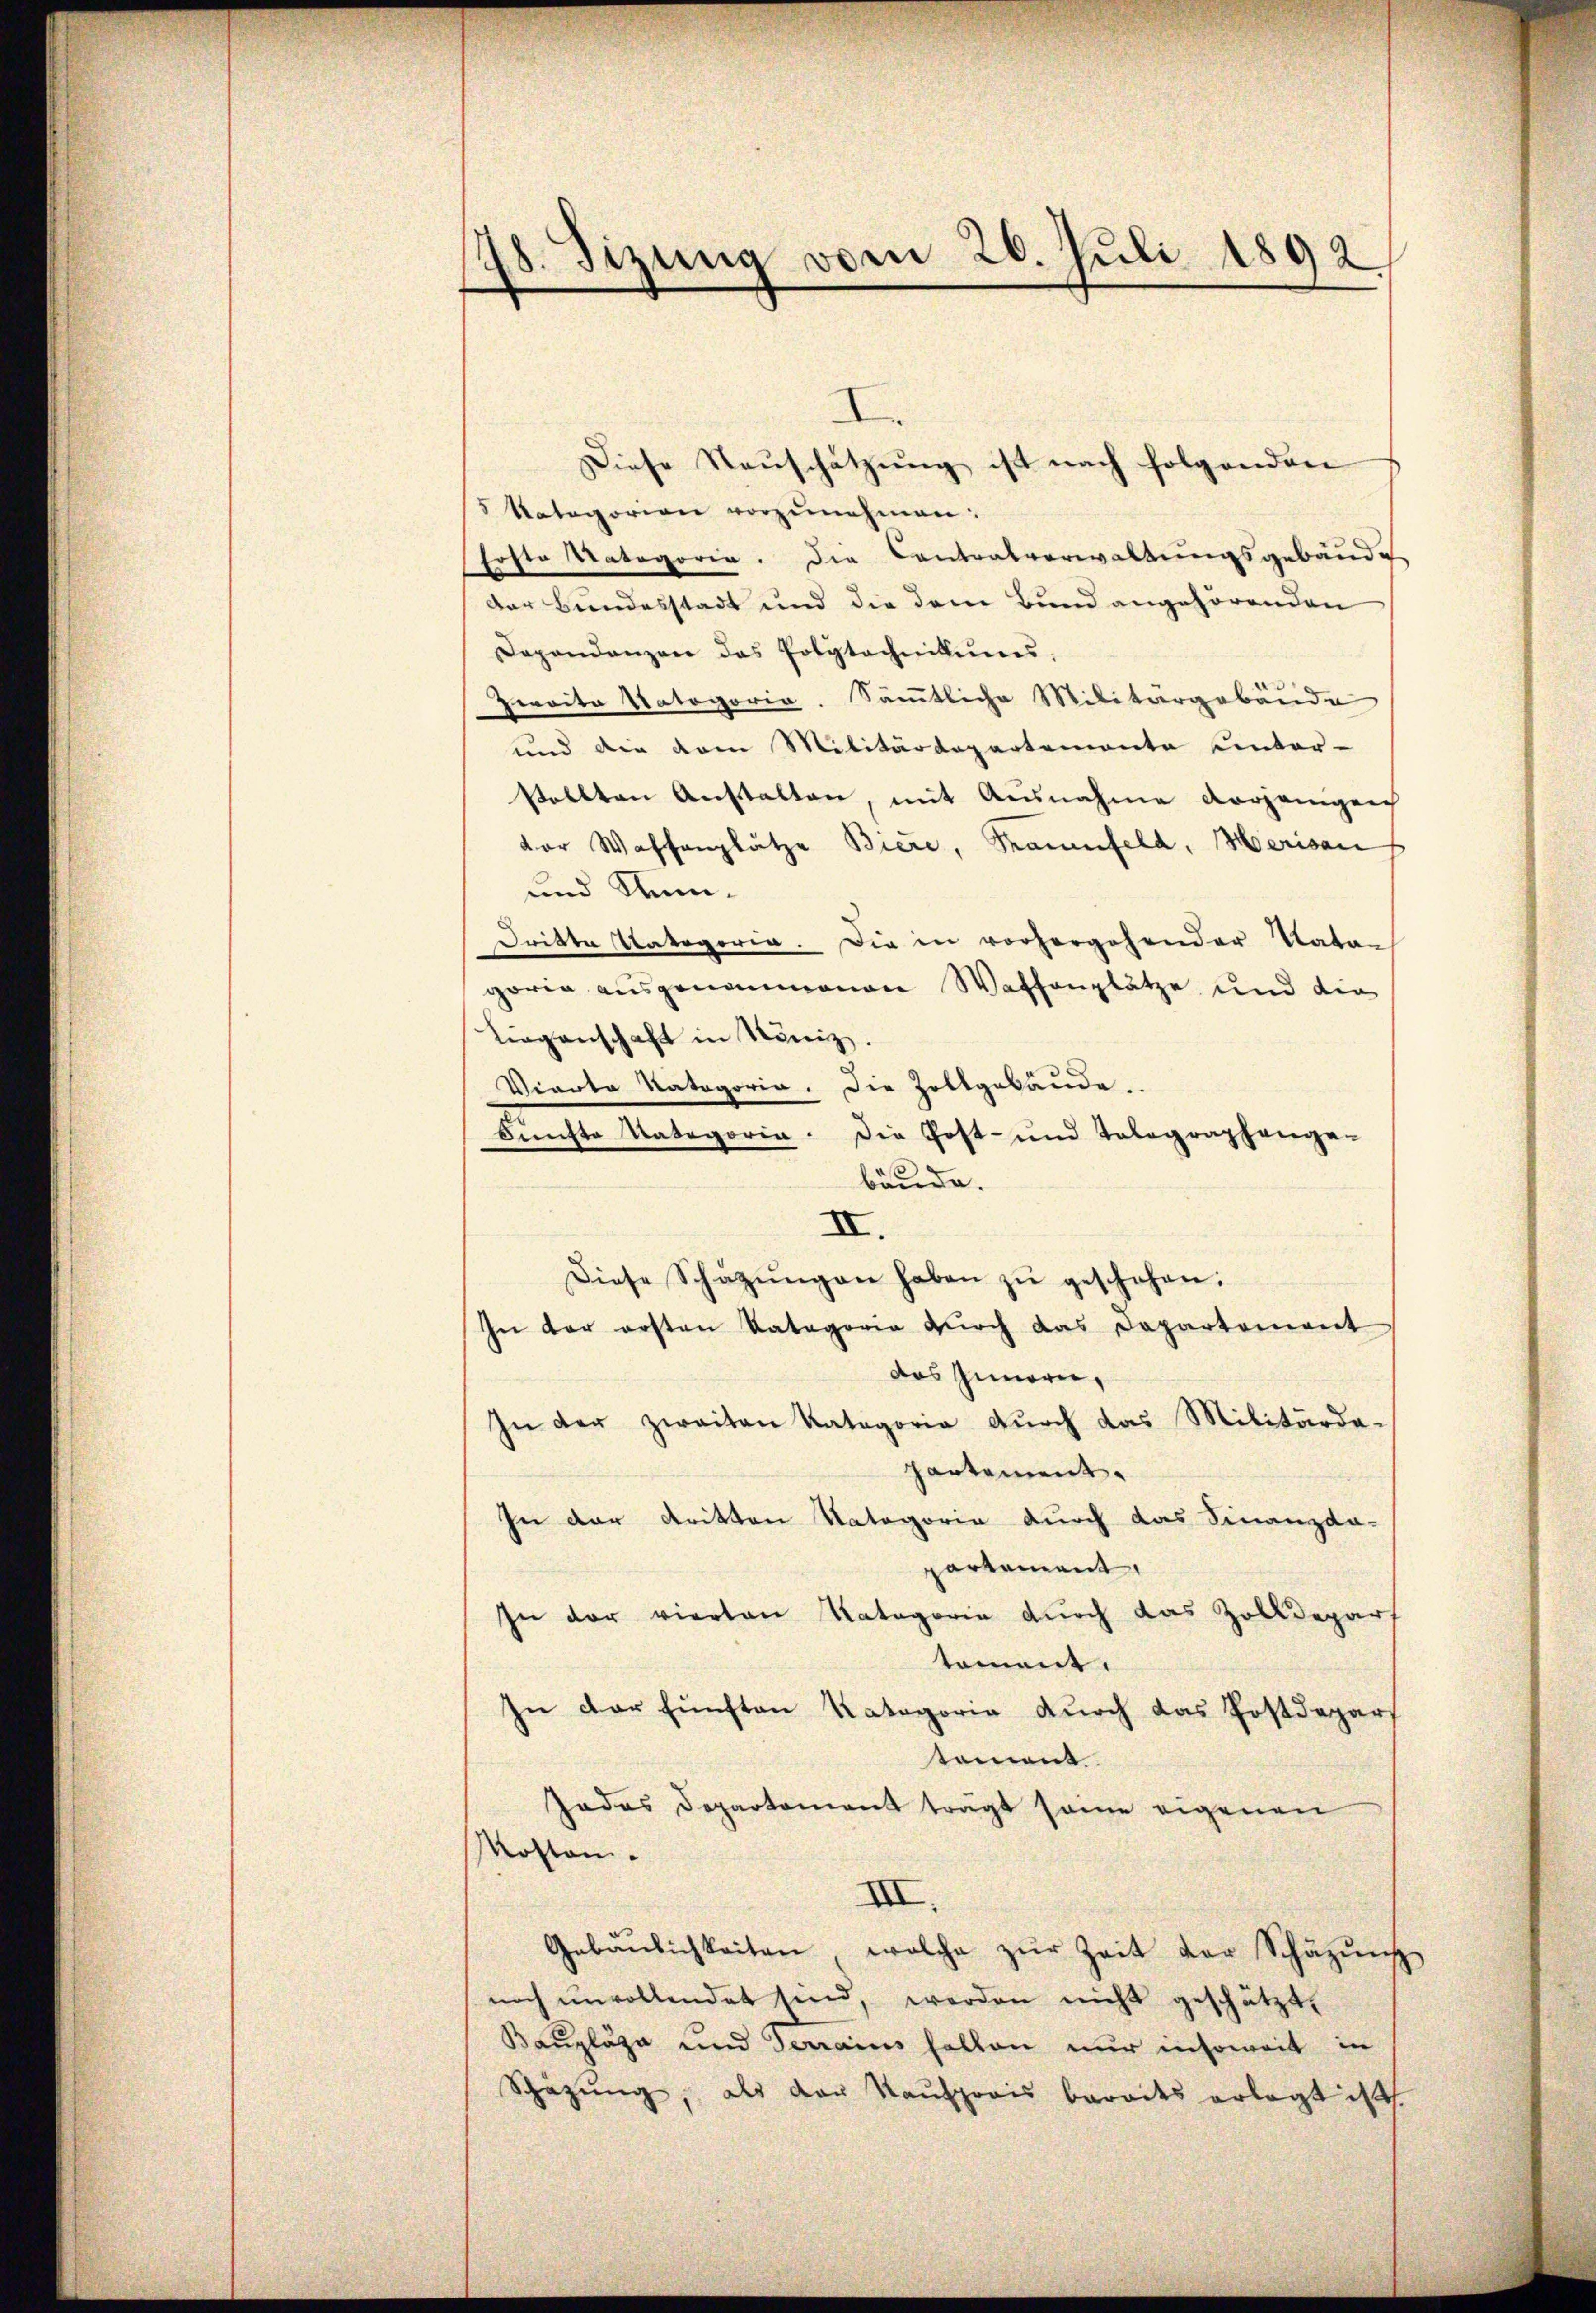
78. Sizung vom 26. Juli 1892

I
Diese Rauschätzung ist nach folgenden
5 Kategorien vorzŭnehmen:
Erste Kategorie. Die Cantonsverwaltungsgebäude
Der Bundesstadt und die dem Bund angehörenden
Dependanzen das Polytechnikums,
Zweite Natogoria. Sämmtliche Militärgebäude
und die vom Militärdepartemente unter-
stellten Anstalten, mit Ausnahme vorjenigen
dor Waffenplätze Biere, Trauenfeld, Merisau
und Num¬
Dritte Kategoria. Die in vorhergehender Natar
goria ausgenommenen Waffenplätze und die
Liegenschaft in König.
Viarta Kategoria. Die Zollgebäŭde.
e
Fünfte Kategoria
Die Post- und Tolographange-
bäude.
IV.
Diese Schatzŭngen haben zŭ geschehen.
In der ersten Vatagorie durch das Departement
das Innern,
In der zweiten Katagorie durch das Militärde-
Partement.
In der dritten Natagorie durch das Finanzda-
partement,
In der vierten Kategorie durch das Zolldepart
toment.
In der fünften Kategorie durch das Postdepar
toment.
Jadas Departement trägt seine eigenen
Moston.
III.
Gebäŭlichkeiten, welche zŭr Zeit der Schäzŭng
noch ŭnvollendet sind, werden nicht geschützt.
Bauplaza und Terrains halten nur insoweit in
Schäzŭng, als der Kaŭfprais barodes erlegt ist